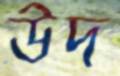
উদ